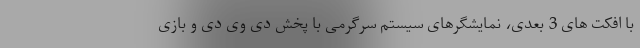
با افکت های 3 بعدی، نمایشگرهای سیستم سرگرمی با پخش دی وی دی و بازی